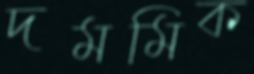
দমমিক